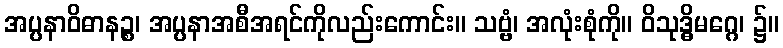
အပ္ပနာဝိဓာနဉ္စ၊ အပ္ပနာအစီအရင်ကိုလည်းကောင်း။ သဗ္ဗံ၊ အလုံးစုံကို။ ဝိသုဒ္ဓိမဂ္ဂေ၊ ၌။